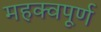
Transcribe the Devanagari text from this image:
महक्वपूर्ण